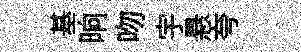
基晌吻宇悬夸